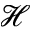
\mathcal { H }